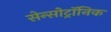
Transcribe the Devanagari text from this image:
सेन्सोट्रॉनिक